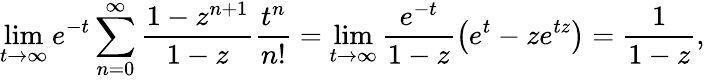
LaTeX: \operatorname*{lim}_{t\rightarrow\infty}e^{-t}\sum_{n=0}^{\infty}{\frac{1-z^{n+1}}{1-z}}{\frac{t^{n}}{n!}}=\operatorname*{lim}_{t\rightarrow\infty}{\frac{e^{-t}}{1-z}}{\big(}e^{t}-ze^{tz}{\big)}={\frac{1}{1-z}},